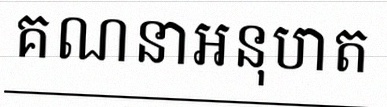
គណនាអនុបាត